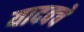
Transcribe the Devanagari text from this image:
यादवचे